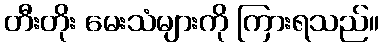
တီးတိုး မေးသံများကို ကြားရသည်။